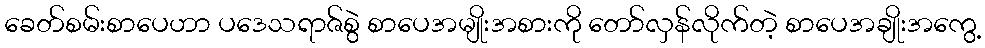
ခေတ်စမ်းစာပေဟာ ပဒေသရာဇ်စွဲ စာပေအမျိုးအစားကို တော်လှန်လိုက်တဲ့ စာပေအချိုးအကွေ့